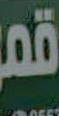
قمر